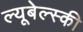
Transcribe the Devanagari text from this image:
ल्यूबेल्स्की